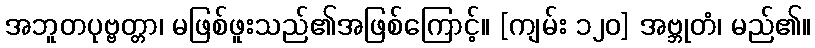
အဘူတပုဗ္ဗတ္တာ၊ မဖြစ်ဖူးသည်၏အဖြစ်ကြောင့်။ [ကျမ်း ၁၂၀] အဗ္ဘုတံ၊ မည်၏။